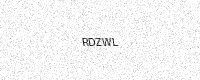
Text: RDZWL